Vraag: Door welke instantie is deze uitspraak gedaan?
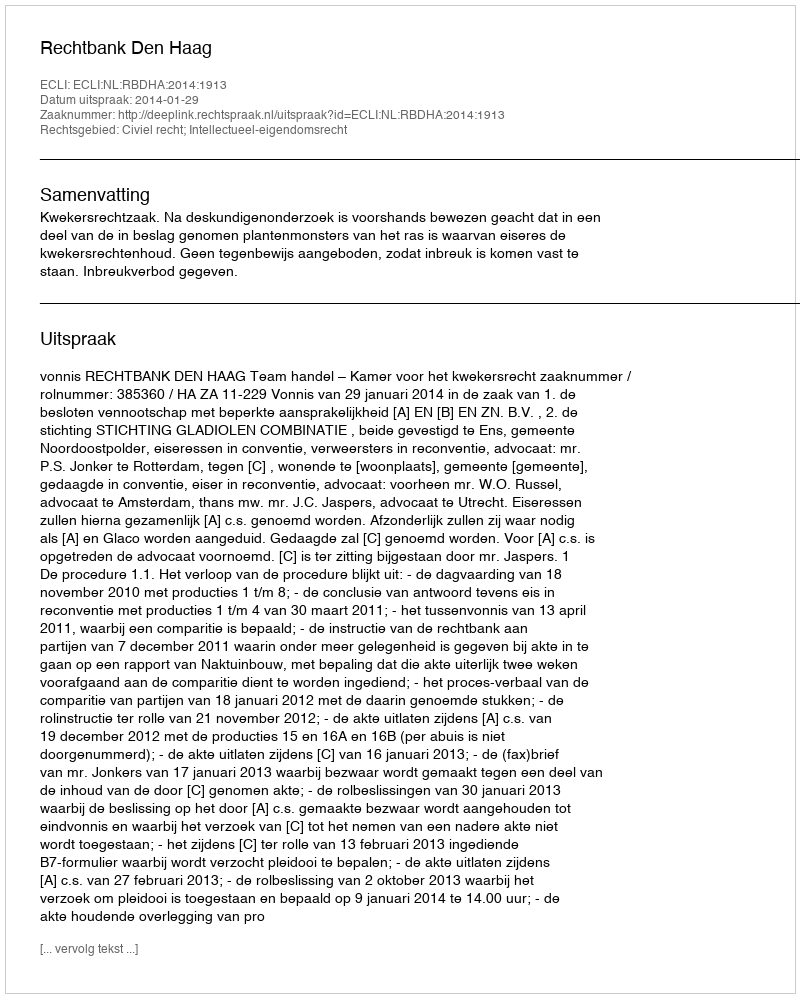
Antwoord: Rechtbank Den Haag